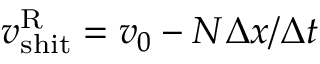
v _ { \mathrm { s h i t } } ^ { \mathrm { R } } = v _ { 0 } - N \Delta x / \Delta t